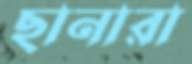
ছানারা